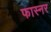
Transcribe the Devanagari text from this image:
फास्नर